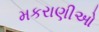
મકરાણીઓ